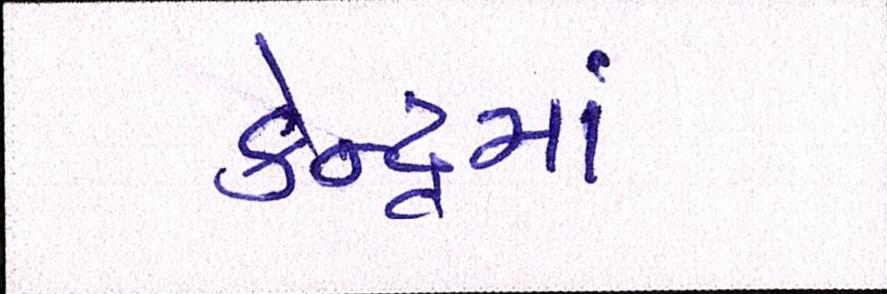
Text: કેન્દ્રમાં